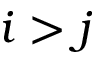
i > j